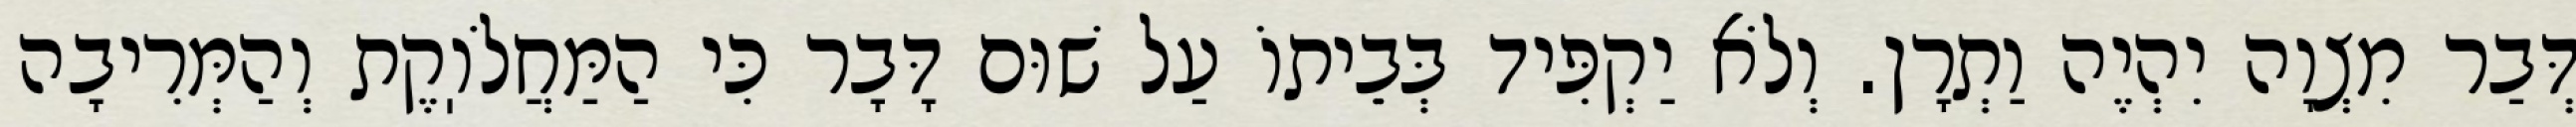
דְּבַר מִצְוָה יִהְיֶה וַתְרָן. וְלֹא יַקְפִּיד בְּבֵיתוֹ עַל שׁוּם דָּבָר כִּי הַמַּחֲלֹוֽקֶת וְהַמְּרִיבָה